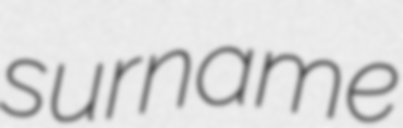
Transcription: surname